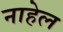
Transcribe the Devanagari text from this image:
नाहेल